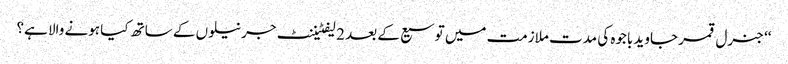
‘‘ جنرل قمر جاوید باجوہ کی مدت ملازمت میں توسیع کے بعد 2 لیفٹیننٹ جرنیلوں کے ساتھ کیا ہونے والا ہے؟